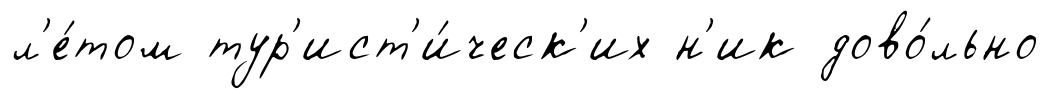
л'е́том тур'ист'и́ческ'их н'ик дово́льно